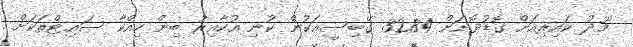
މޫދު ކައިރިއަށް ގޮޑުދޮށަށް 3284 ގޭބިސީއަކުން ކުނި އުކާއިރު ބިން ހިއްކާ ސައިޓްތަކަށް